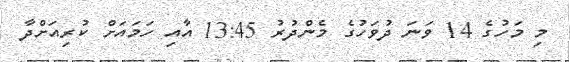
މި މަހުގެ 14 ވަނަ ދުވަހުގެ މެންދުރު 13:45 އާއި ހަމައަށް ކުރިއަށްދާ